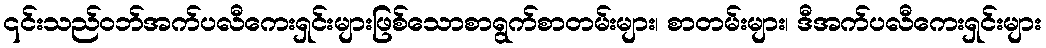
၎င်းသည်ဝဘ်အက်ပလီကေးရှင်းများဖြစ်သောစာရွက်စာတမ်းများ၊ စာတမ်းများ၊ ဒီအက်ပလီကေးရှင်းများ